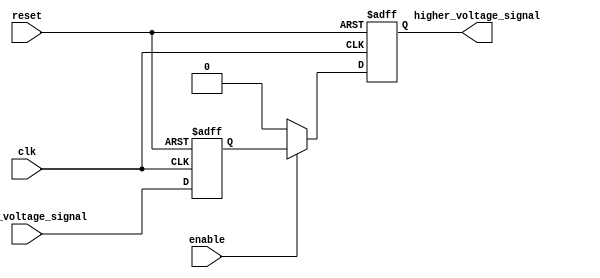
module voltage_level_shifter (
    input clk, // clock signal
    input reset, // reset signal
    input enable, // control signal for enabling/disabling the level shifter
    input lower_voltage_signal, // input signal at lower voltage level
    output reg higher_voltage_signal // output signal at higher voltage level
);

// Input buffer
reg lower_voltage_input;
always @ (posedge clk or negedge reset) begin
    if (!reset) begin
        lower_voltage_input <= 1'b0;
    end else begin
        lower_voltage_input <= lower_voltage_signal;
    end
end

// Level shifting logic
always @ (posedge clk or negedge reset) begin
    if (!reset) begin
        higher_voltage_signal <= 1'b0;
    end else begin
        if (enable) begin
            higher_voltage_signal <= lower_voltage_input;
        end else begin
            higher_voltage_signal <= 1'b0;
        end
    end
end

endmodule